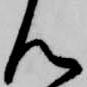
ん